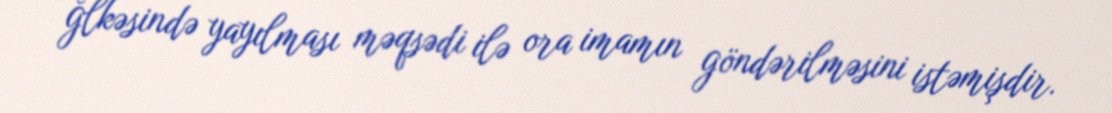
ğlkəsində yayılması məqsədi ilə ora imamın göndərilməsini istəmişdir.